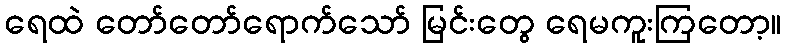
ရေထဲ တော်တော်ရောက်သော် မြင်းတွေ ရေမကူးကြတော့။